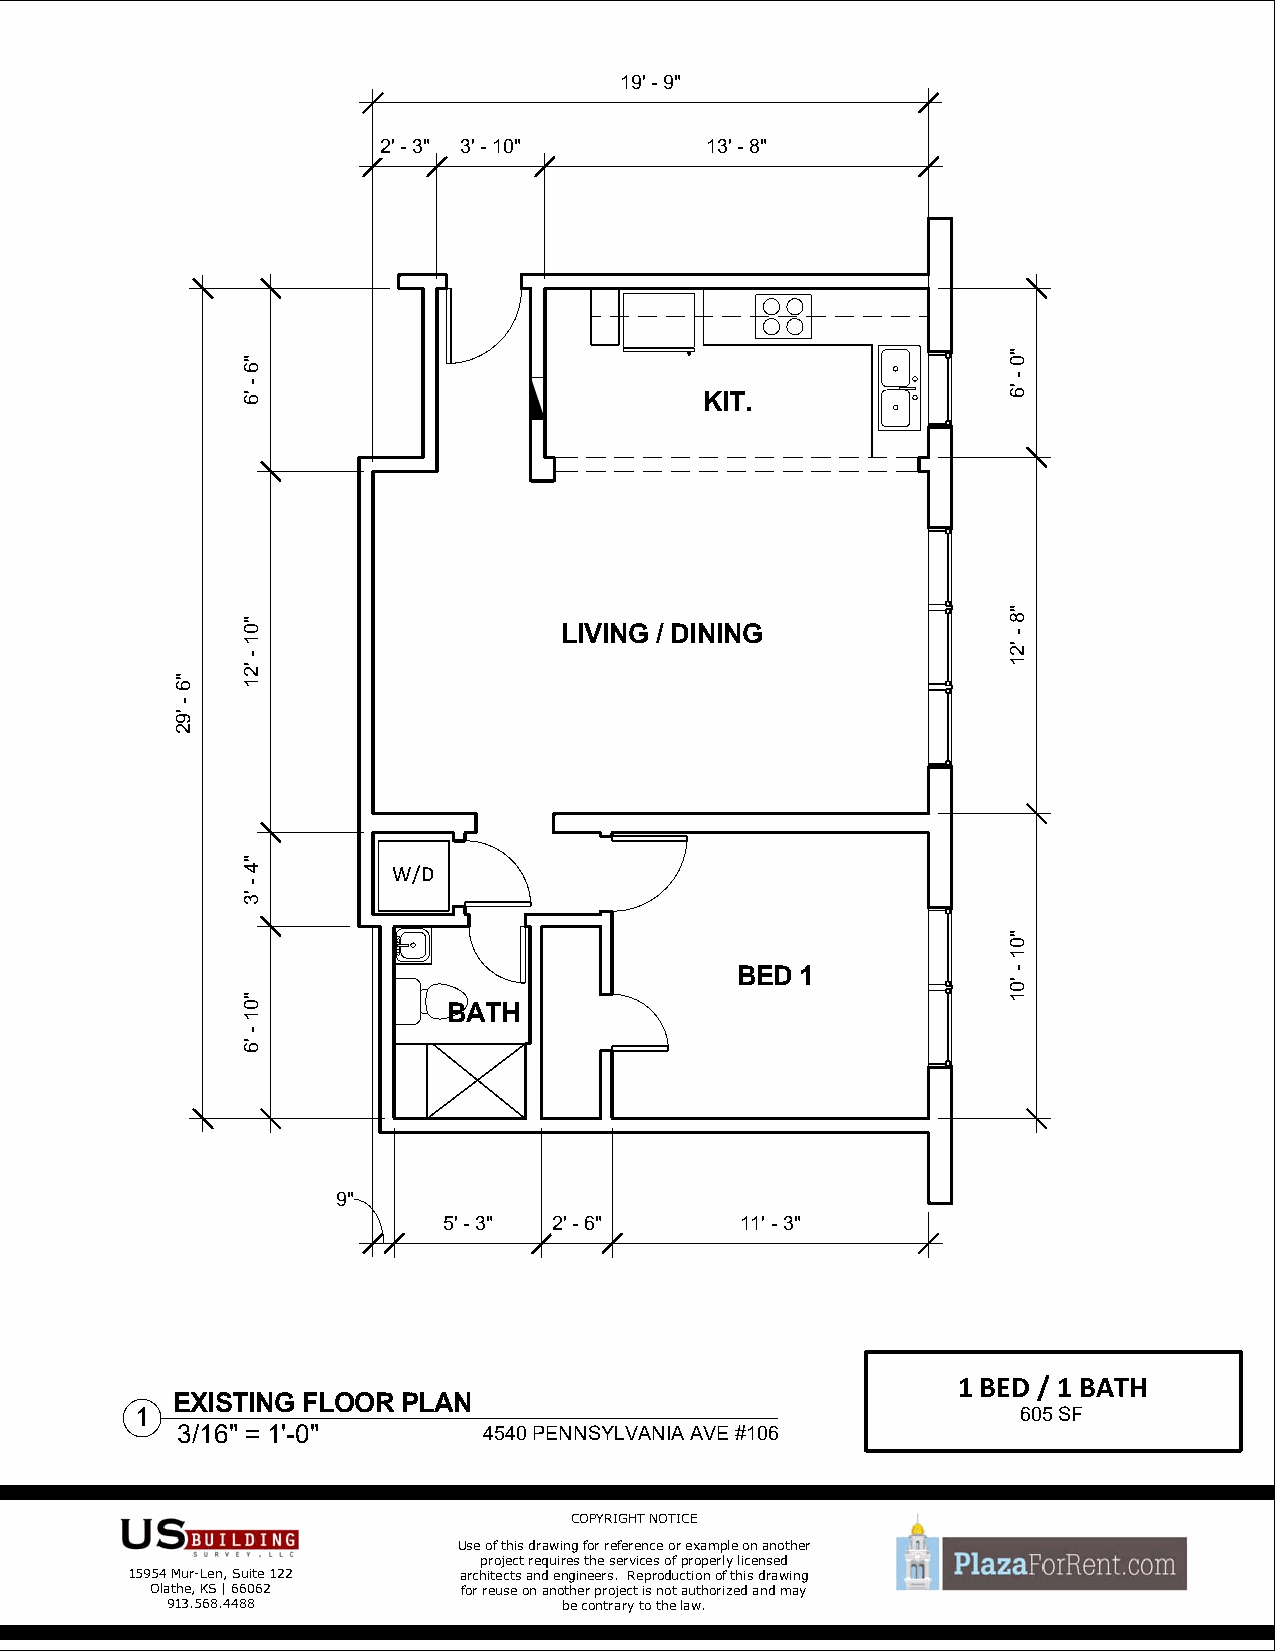
19' - 9"
 2' - 3" 3' - 10"      13' - 8"
 KIT.
 LIVING / DINING
 W/D
 BED 1
 BATH
 9"
 5' - 3" 2' - 6"     11' - 3"
 1 BED / 1 BATH
 EXISTING FLOOR  PLAN
 1                                                          605 SF
 3/16" = 1'-0"       4540 PENNSYLVANIA AVE #106
 COPYRIGHT NOTICE
 Use of this drawing for reference or example on another
 project requires the services of properly licensed
 15954 Mur-Len, Suite 122 architects and engineers. Reproduction of this drawing
 Olathe, KS | 66062   for reuse on another project is not authorized and may
 913.568.4488              be contrary to the law.
 "6
 -
 '92
 "6
 - '6
 "01
 -
 '21
 "4
 -
 '3
 "01
 -
 '6
 "0
 -
 '6
 "8
 -
 '21
 "01
 -
 '01